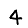
Digit: 4